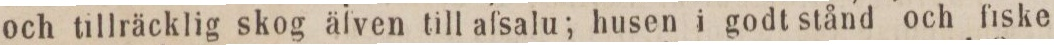
och tillräcklig skog äfven till afsalu; husen i godt stånd och fiske